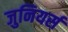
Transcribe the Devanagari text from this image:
जुनियर्स